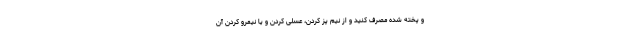
و پخته شده مصرف کنید و از نیم پز کردن، عسلی کردن و یا نیمرو کردن آن